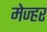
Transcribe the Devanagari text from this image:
मेज्हर